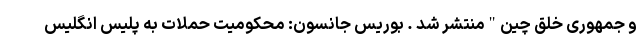
و جمهوری خلق چین"منتشر شد . بوریس جانسون: محکومیت حملات به پلیس انگلیس